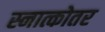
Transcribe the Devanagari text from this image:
स्नात्कोतर